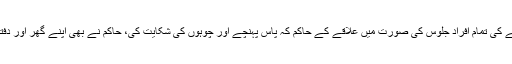
ایک روز قصبے کی تمام افراد جلوس کی صورت میں علاقے کے حاکم کہ پاس پہنچے اور چوہوں کی شکایت کی، حاکم نے بھی اپنے گھر اور دفتر کا رونا رویا۔